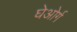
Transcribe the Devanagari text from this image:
घेओर्ग